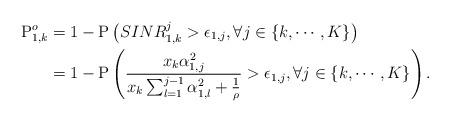
LaTeX: \begin{align*}\mathrm{P}^o_{1,k} &= 1- \mathrm{P}\left(SINR^j_{1,k}>\epsilon_{1,j}, \forall j \in \{k, \cdots, K\}\right)\\ &=1- \mathrm{P}\left(\frac{x_k \alpha_{1,j}^2 }{ x_k\sum^{j-1}_{l=1} \alpha_{1,l}^2 +\frac{1}{\rho}}>\epsilon_{1,j}, \forall j \in \{k, \cdots, K\}\right).\end{align*}